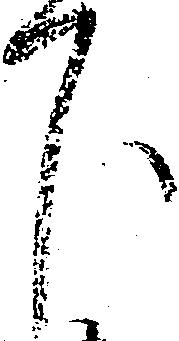
下